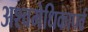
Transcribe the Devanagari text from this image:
अश्वमेधिकापर्व